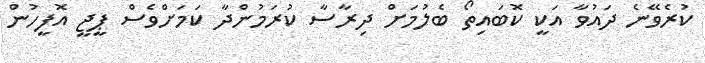
ކުރެވޭނެ ދައުވާ އަކީ ކޮބައިތޯ ބެލުމަށް ދިރާސާ ކުރަމުންދާ ކަމަށްވެސް ޕީޖީ އޮފީހުން